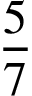
\frac { 5 } { 7 }